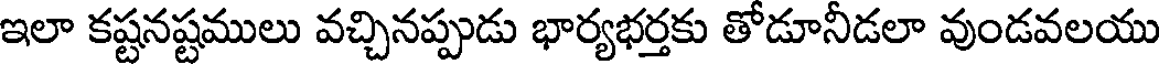
ఇలా కష్టనష్టములు వచ్చినప్పుడు భార్యభర్తకు తోడూనీడలా వుండవలయు